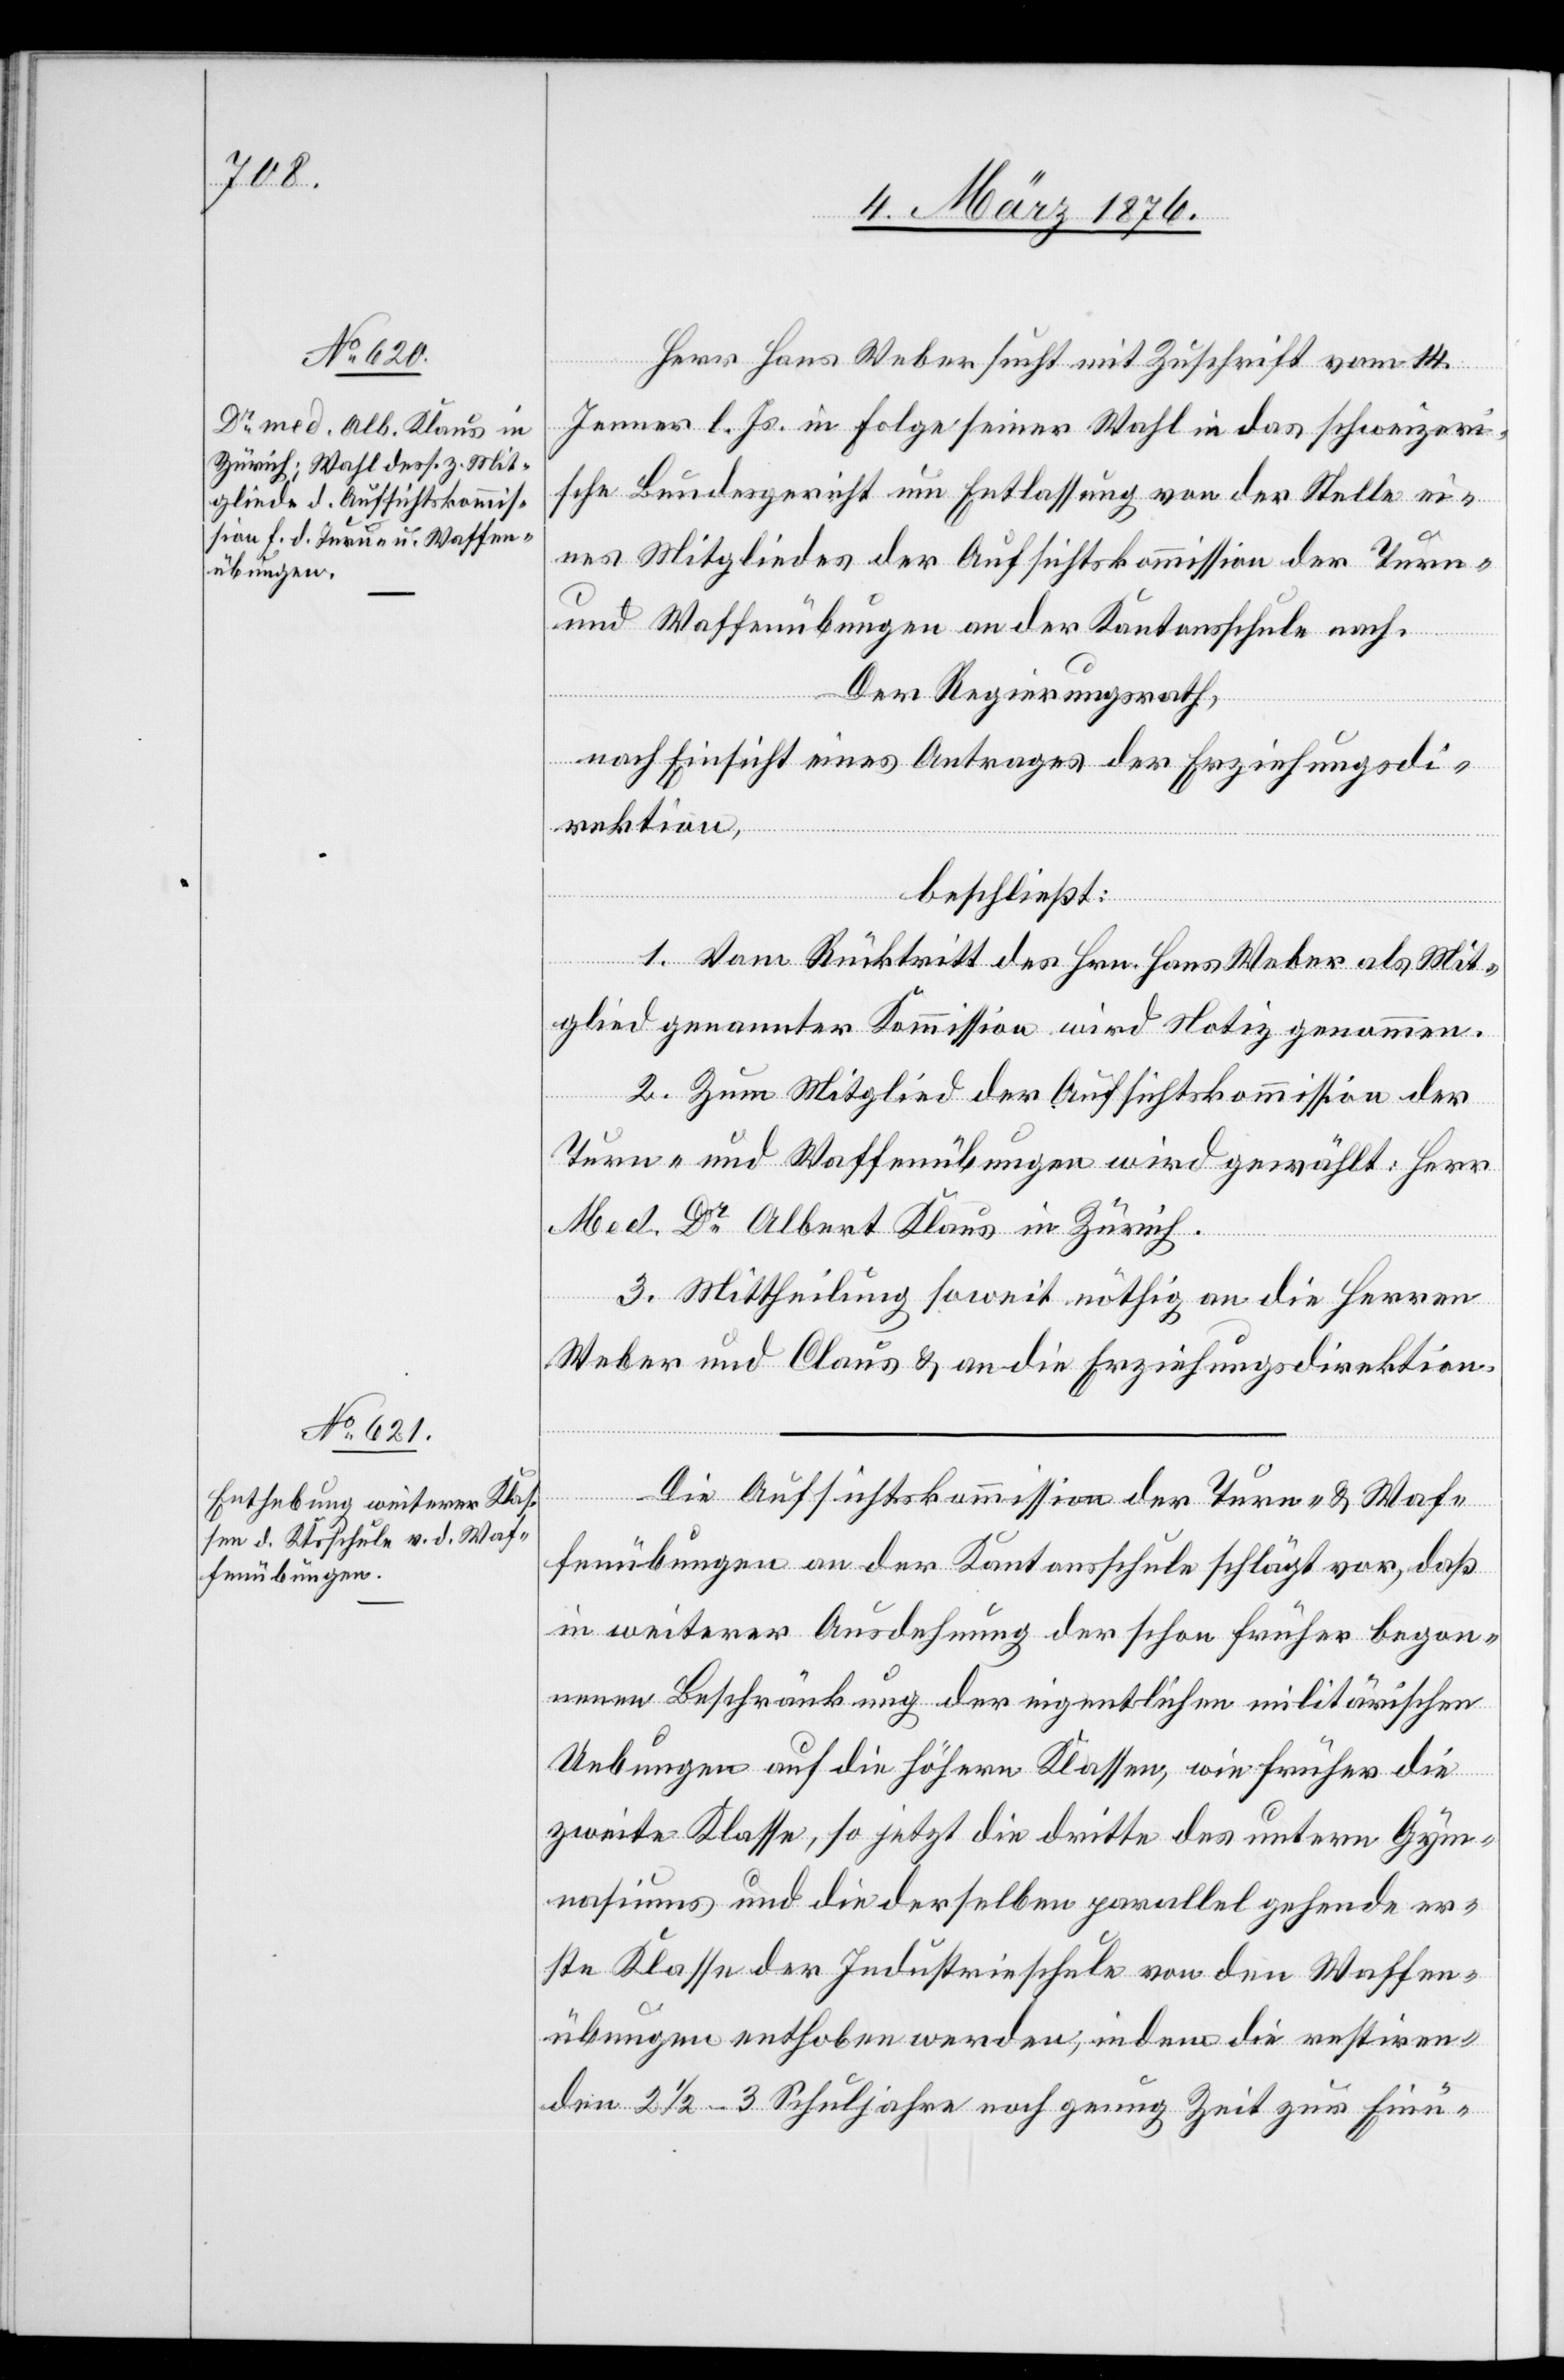
Herr Hans Weber sucht mit Zuschrift vom 14.
Jenner l. Js. in Folge seiner Wahl in das schweizeri¬
sche Bundesgericht um Entlassung von der Stelle ei¬
nes Mitgliedes der Aufsichtskommission der Turn-
und Waffenübungen an der Kantonsschule auf.
Der Regierungsrath,
nach Einsicht eines Antrages der Erziehungsdi¬
rektion,
beschließt:
1. Vom Rücktritt des Hrn. Hans Weber als Mit¬
glied genannter Kommission wird Notiz genommen.
2. Zum Mitglied der Aufsichtskommission der
Turn- und Waffenübungen wird gewählt: Herr
Med. Dr Albert Klaus in Zürich.
3. Mittheilung soweit nöthig an die Herren
Weber und Claus [sic!] & an die Erziehungsdirektion.
Die Aufsichtskommission der Turn- und Waf¬
fenübungen an der Kantonsschule schlägt vor, daß
in weiterer Ausdehnung der schon früher begon¬
nenen Beschränkung der eigentlichen militärischen
Uebungen auf die höheren Klassen, wie früher die
zweite Klasse, so jetzt die dritte des untern Gym¬
nasiums und die derselben parallel gehende er¬
ste Klasse der Industrieschule von den Waffen¬
übungen enthoben werden, indem die restiren¬
den 2 1/2–3 Schuljahre noch genug Zeit zur Einü-